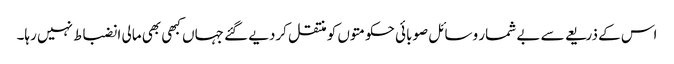
اس کے ذریعے سے بے شمار وسائل صوبائی حکومتوں کو منتقل کردیے گئے جہاں کبھی بھی مالی انضباط نہیں رہا۔